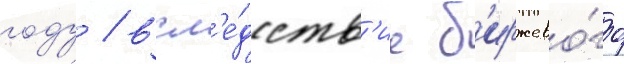
году / всл'е́дств'ие б'иржево́го